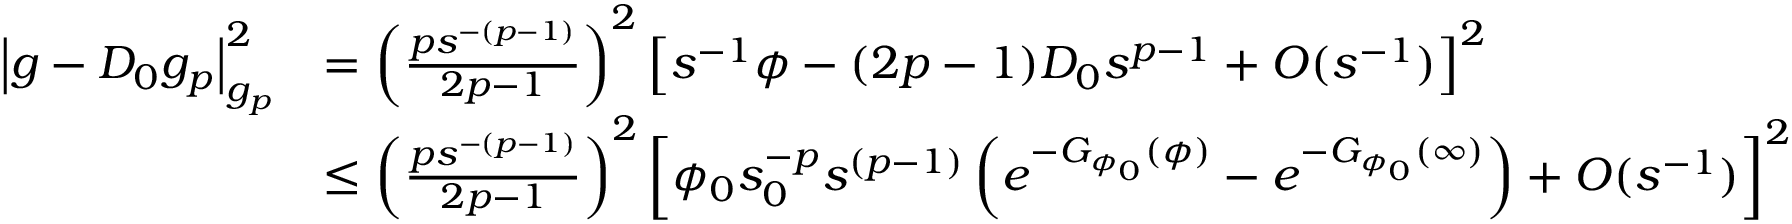
\begin{array} { r l } { \left| g - D _ { 0 } g _ { p } \right| _ { g _ { p } } ^ { 2 } } & { = \left( \frac { p s ^ { - ( p - 1 ) } } { 2 p - 1 } \right) ^ { 2 } \left[ s ^ { - 1 } \phi - ( 2 p - 1 ) D _ { 0 } s ^ { p - 1 } + O ( s ^ { - 1 } ) \right] ^ { 2 } } \\ & { \leq \left( \frac { p s ^ { - ( p - 1 ) } } { 2 p - 1 } \right) ^ { 2 } \left[ \phi _ { 0 } s _ { 0 } ^ { - p } s ^ { ( p - 1 ) } \left( e ^ { - G _ { \phi _ { 0 } } ( \phi ) } - e ^ { - G _ { \phi _ { 0 } } ( \infty ) } \right) + O ( s ^ { - 1 } ) \right] ^ { 2 } } \end{array}